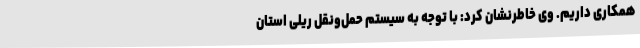
همکاری داریم. وی خاطرنشان کرد: با توجه به سیستم حمل‌ونقل ریلی استان